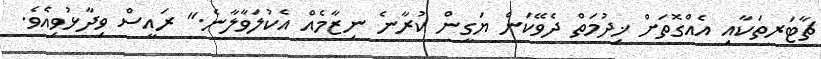
ޗާޓަރތަކާއި އެއްގޮތަށް ޚިދުމަތް ދެވޭކަން ޔަގީން ކުރާނެ ނިޒާމެއް އެކުލަވާލާނެ." ރައީސް ވިދާޅުވިއެވެ.